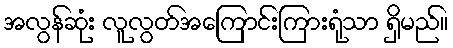
အလွန်ဆုံး လူလွတ်အကြောင်းကြားရုံသာ ရှိမည်။